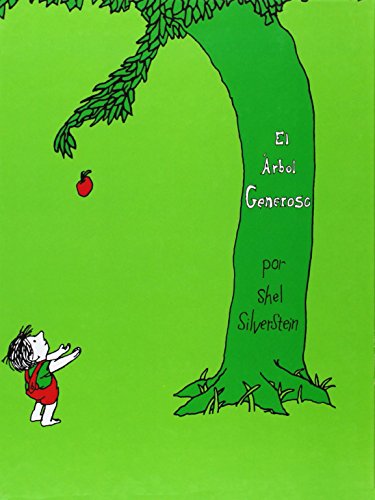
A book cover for El Ã¡rbol generoso; Shel Silverstein; Children's Books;